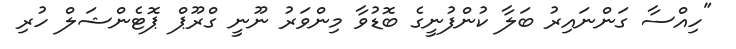
"ހިއްސާ ގަންނައިރު ބަލާ ކުންފުނީގެ ބޮޑުވާ މިންވަރު ނޫނީ ގްރޫޕް ޕޮޓެންޝަލް ހުރި